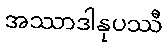
အဿာဒါနုပဿီ